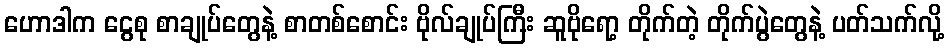
ဟောဒါက ငွေစု စာချုပ်တွေနဲ့ စာတစ်စောင်း ဗိုလ်ချုပ်ကြီး ဆူဗိုရော့ တိုက်တဲ့ တိုက်ပွဲတွေနဲ့ ပတ်သက်လို့